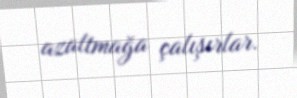
azaltmağa çalışırlar.